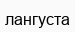
лангуста